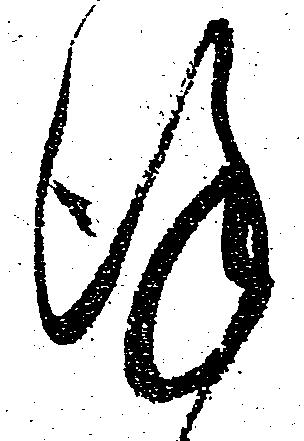
謹